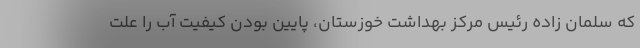
که سلمان زاده رئیس مرکز بهداشت خوزستان، پایین بودن کیفیت آب را علت